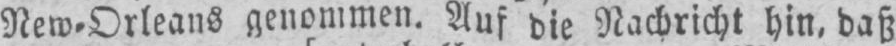
New⸗Orleans genommen. Auf die Nachricht hin, daß